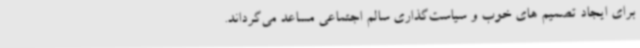
برای ایجاد تصمیم های خوب و سیاست‌گذاری سالم اجتماعی مساعد می‌گرداند.